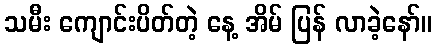
သမီး ကျောင်းပိတ်တဲ့ နေ့ အိမ် ပြန် လာခဲ့နော်။